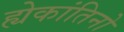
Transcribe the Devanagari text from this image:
ह्येकांतिनो